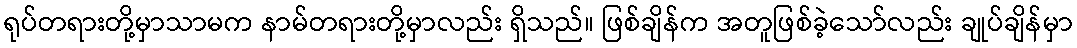
ရုပ်တရားတို့မှာသာမက နာမ်တရားတို့မှာလည်း ရှိသည်။ ဖြစ်ချိန်က အတူဖြစ်ခဲ့သော်လည်း ချုပ်ချိန်မှာ